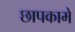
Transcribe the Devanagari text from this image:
छापकामे